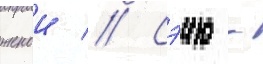
женои // Сэию -